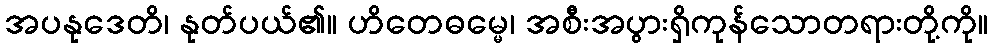
အပနုဒေတိ၊ နုတ်ပယ်၏။ ဟိတေဓမ္မေ၊ အစီးအပွားရှိကုန်သောတရားတို့ကို။